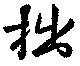
拙